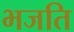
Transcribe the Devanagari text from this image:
भजति